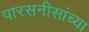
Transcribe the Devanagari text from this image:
पारसनीसांच्या